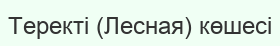
Теректі (Лесная) көшесі